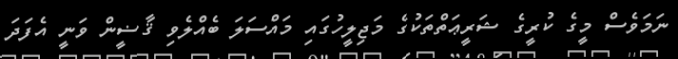
ނަމަވެސް މީގެ ކުރީގެ ޝަރީޢަތްތަކުގެ މަޖިލީހުގައި މައްސަލަ ބެއްލެވި ޤާޟީން ވަނީ އެފަދަ